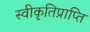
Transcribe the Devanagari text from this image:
स्वीकृतिप्राप्ति